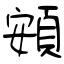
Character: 頞